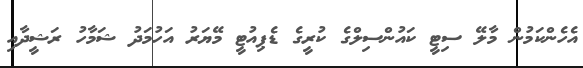
އެހެންކަމުން މާލޭ ސިޓީ ކައުންސިލްގެ ކުރީގެ ޑެޕިއުޓީ މޭޔަރު އަހުމަދު ޝަމާހު ރަޝީދާއި